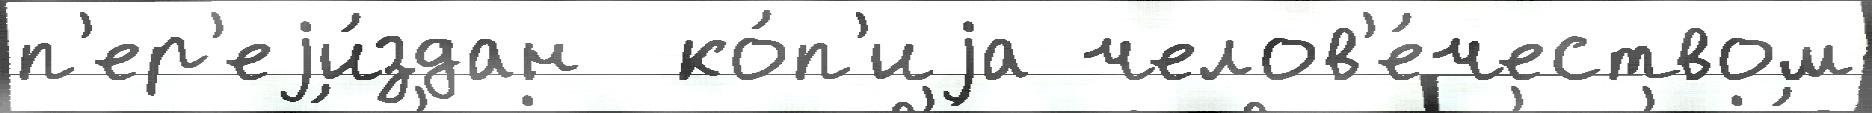
п'ер'еjи́здан  ко́п'иjа челов'е́чеством